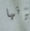
إنها